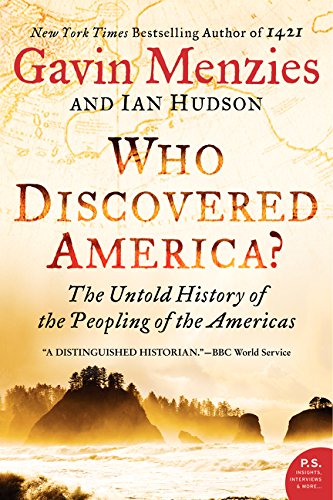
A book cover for Who Discovered America?: The Untold History of the Peopling of the Americas; Gavin Menzies; History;